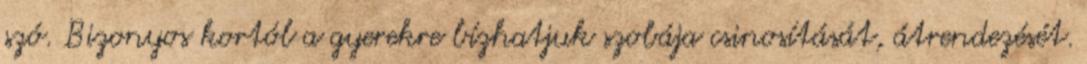
szó. Bizonyos kortól a gyerekre bízhatjuk szobája csinosítását, átrendezését.